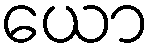
ယော